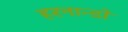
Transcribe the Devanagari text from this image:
हरनान्डो